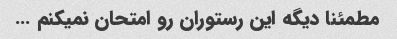
مطمئنا دیگه این رستوران رو امتحان نمیکنم …